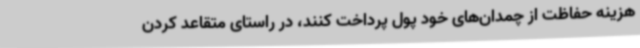
هزینه حفاظت از چمدان‌های خود پول پرداخت کنند، در راستای متقاعد کردن